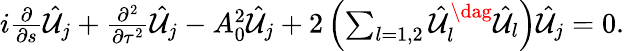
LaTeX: \begin{array}{r}{i\frac{\partial}{\partial s}\hat{{\cal U}}_{j}+\frac{\partial^{2}}{\partial\tau^{2}}\hat{{\cal U}}_{j}-A_{0}^{2}\hat{{\cal U}}_{j}+2\left(\sum_{l=1,2}\hat{{\cal U}}_{l}^{\dag}\hat{{\cal U}}_{l}\right)\hat{{\cal U}}_{j}=0.}\end{array}